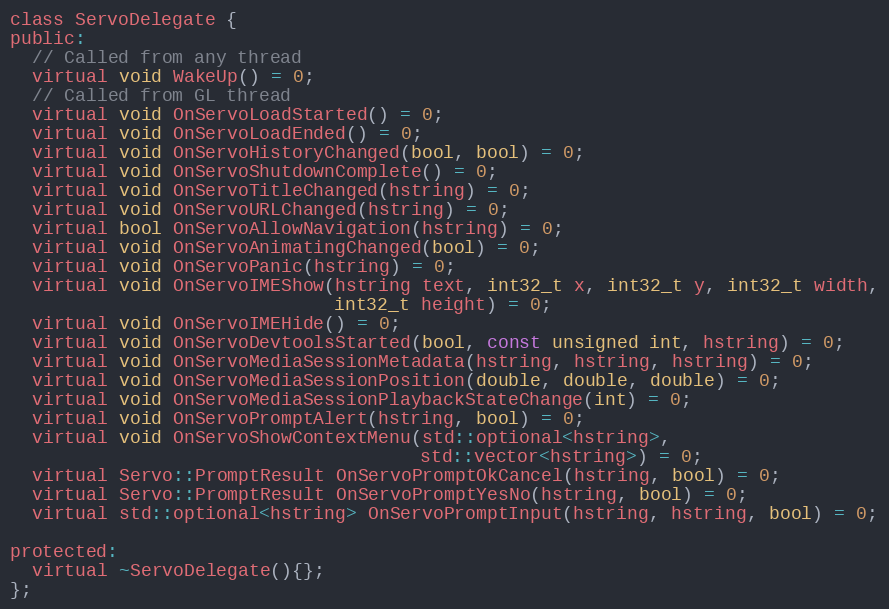
Language: C
class ServoDelegate {
public:
  // Called from any thread
  virtual void WakeUp() = 0;
  // Called from GL thread
  virtual void OnServoLoadStarted() = 0;
  virtual void OnServoLoadEnded() = 0;
  virtual void OnServoHistoryChanged(bool, bool) = 0;
  virtual void OnServoShutdownComplete() = 0;
  virtual void OnServoTitleChanged(hstring) = 0;
  virtual void OnServoURLChanged(hstring) = 0;
  virtual bool OnServoAllowNavigation(hstring) = 0;
  virtual void OnServoAnimatingChanged(bool) = 0;
  virtual void OnServoPanic(hstring) = 0;
  virtual void OnServoIMEShow(hstring text, int32_t x, int32_t y, int32_t width,
                              int32_t height) = 0;
  virtual void OnServoIMEHide() = 0;
  virtual void OnServoDevtoolsStarted(bool, const unsigned int, hstring) = 0;
  virtual void OnServoMediaSessionMetadata(hstring, hstring, hstring) = 0;
  virtual void OnServoMediaSessionPosition(double, double, double) = 0;
  virtual void OnServoMediaSessionPlaybackStateChange(int) = 0;
  virtual void OnServoPromptAlert(hstring, bool) = 0;
  virtual void OnServoShowContextMenu(std::optional<hstring>,
                                      std::vector<hstring>) = 0;
  virtual Servo::PromptResult OnServoPromptOkCancel(hstring, bool) = 0;
  virtual Servo::PromptResult OnServoPromptYesNo(hstring, bool) = 0;
  virtual std::optional<hstring> OnServoPromptInput(hstring, hstring, bool) = 0;

protected:
  virtual ~ServoDelegate(){};
};